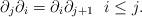
LaTeX: \begin{align*}\partial_j\partial_i=\partial_i\partial_{j+1}\ \ i\le j.\end{align*}